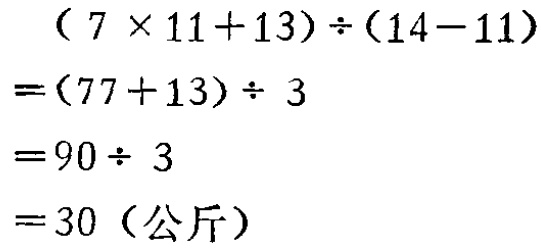
\[
\begin{align*}
&(7\times11 + 13)\div(14 - 11)\\
=&(77 + 13)\div3\\
=&90\div3\\
=&30 (\text{公斤})
\end{align*}
\]